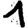
Digit: 1